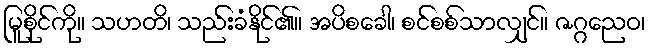
မြူစိုင်ကို။ သဟတိ၊ သည်းခံနိုင်၏။ အပိစခေါ၊ စင်စစ်သာလျှင်။ ဇဂ္ဂညေဝ၊